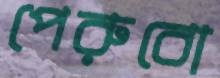
পেরুবো